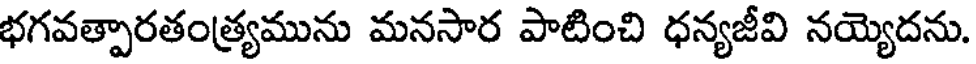
భగవత్పారతంత్ర్యమును మనసార పాటించి ధన్యజీవి నయ్యెదను.